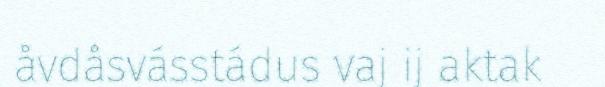
åvdåsvásstádus vaj ij aktak